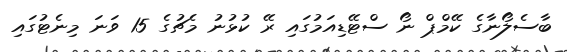
ބާސެލޯނާގެ ކޭމްޕް ނޯ ސްޓޭޑިއަމުގައި ރޭ ކުޅުނު މެޗުގެ 15 ވަނަ މިނެޓުގައި